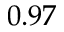
0 . 9 7